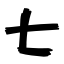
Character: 七